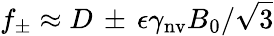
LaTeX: f_{\pm}\approx D\, \pm\, \epsilon\gamma_{\mathrm{nv}}B_{0}/\sqrt{3}